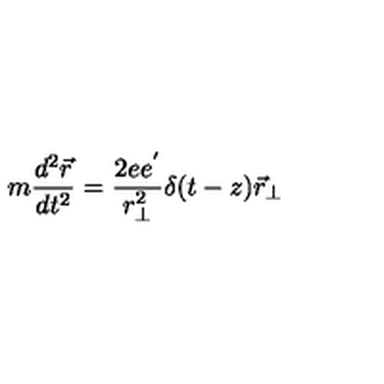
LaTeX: m { \frac { d ^ { 2 } \vec { r } } { d t ^ { 2 } } } = { \frac { 2 e e ^ { ' } } { r _ { \perp } ^ { 2 } } } \delta ( t - z ) { } { \vec { r } } _ { \perp }